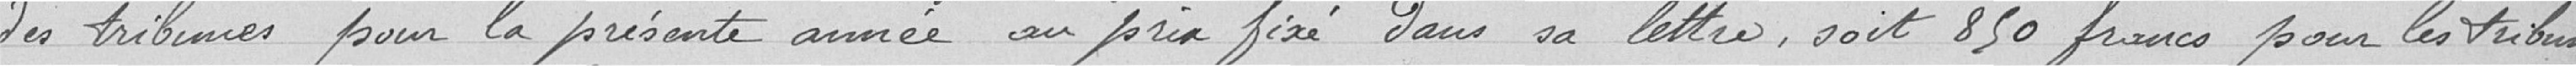
des tribunes pour la présente année au prix fixé dans sa lettre, soit 850 francs pour les tribunes